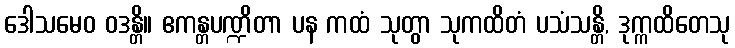
ဒေါသမေဝ ဝဒန္တိ။ ဧကန္တပဏ္ဍိတာ ပန ကထံ သုတွာ သုကထိတံ ပသံသန္တိ, ဒုက္ကထိတေသု